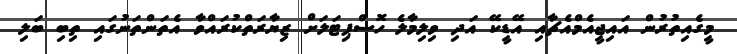
މީގެއިތުރުން އައިޖީއެމްއެޗާއި އޭޑީކޭ އަދި ވިލިމާލެ ހޮސްޕިޓަލަށް ޒިޔާރަތްކުރައްވާ އެތަންތަނުގައި ތިބި ބަލި